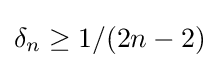
\delta _{n}\geq 1/(2n-2)